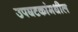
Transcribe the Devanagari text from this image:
उपघटकांमधील